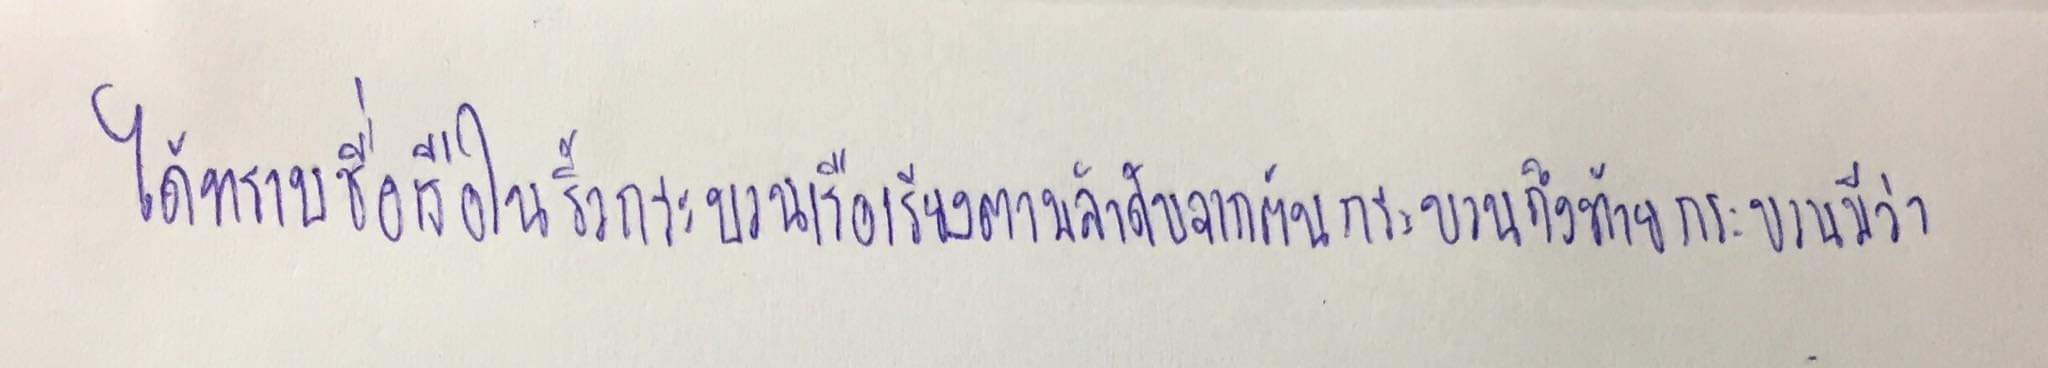
ได้ทราบชื่อเรือในริ้วกระบวนเรือเรียงตามลำดับจากต้นกระบวนถึงท้ายกระบวนมีว่า